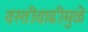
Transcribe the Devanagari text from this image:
वस्तीवाढीमुळे